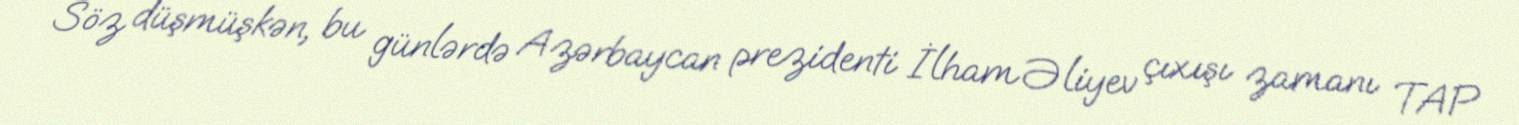
Söz düşmüşkən, bu günlərdə Azərbaycan prezidenti İlham Əliyev çıxışı zamanı TAP